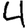
Digit: 4